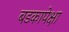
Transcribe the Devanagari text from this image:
बडकापेक्षा